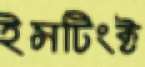
ইন্সটিংক্ট